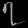
Digit: ၇